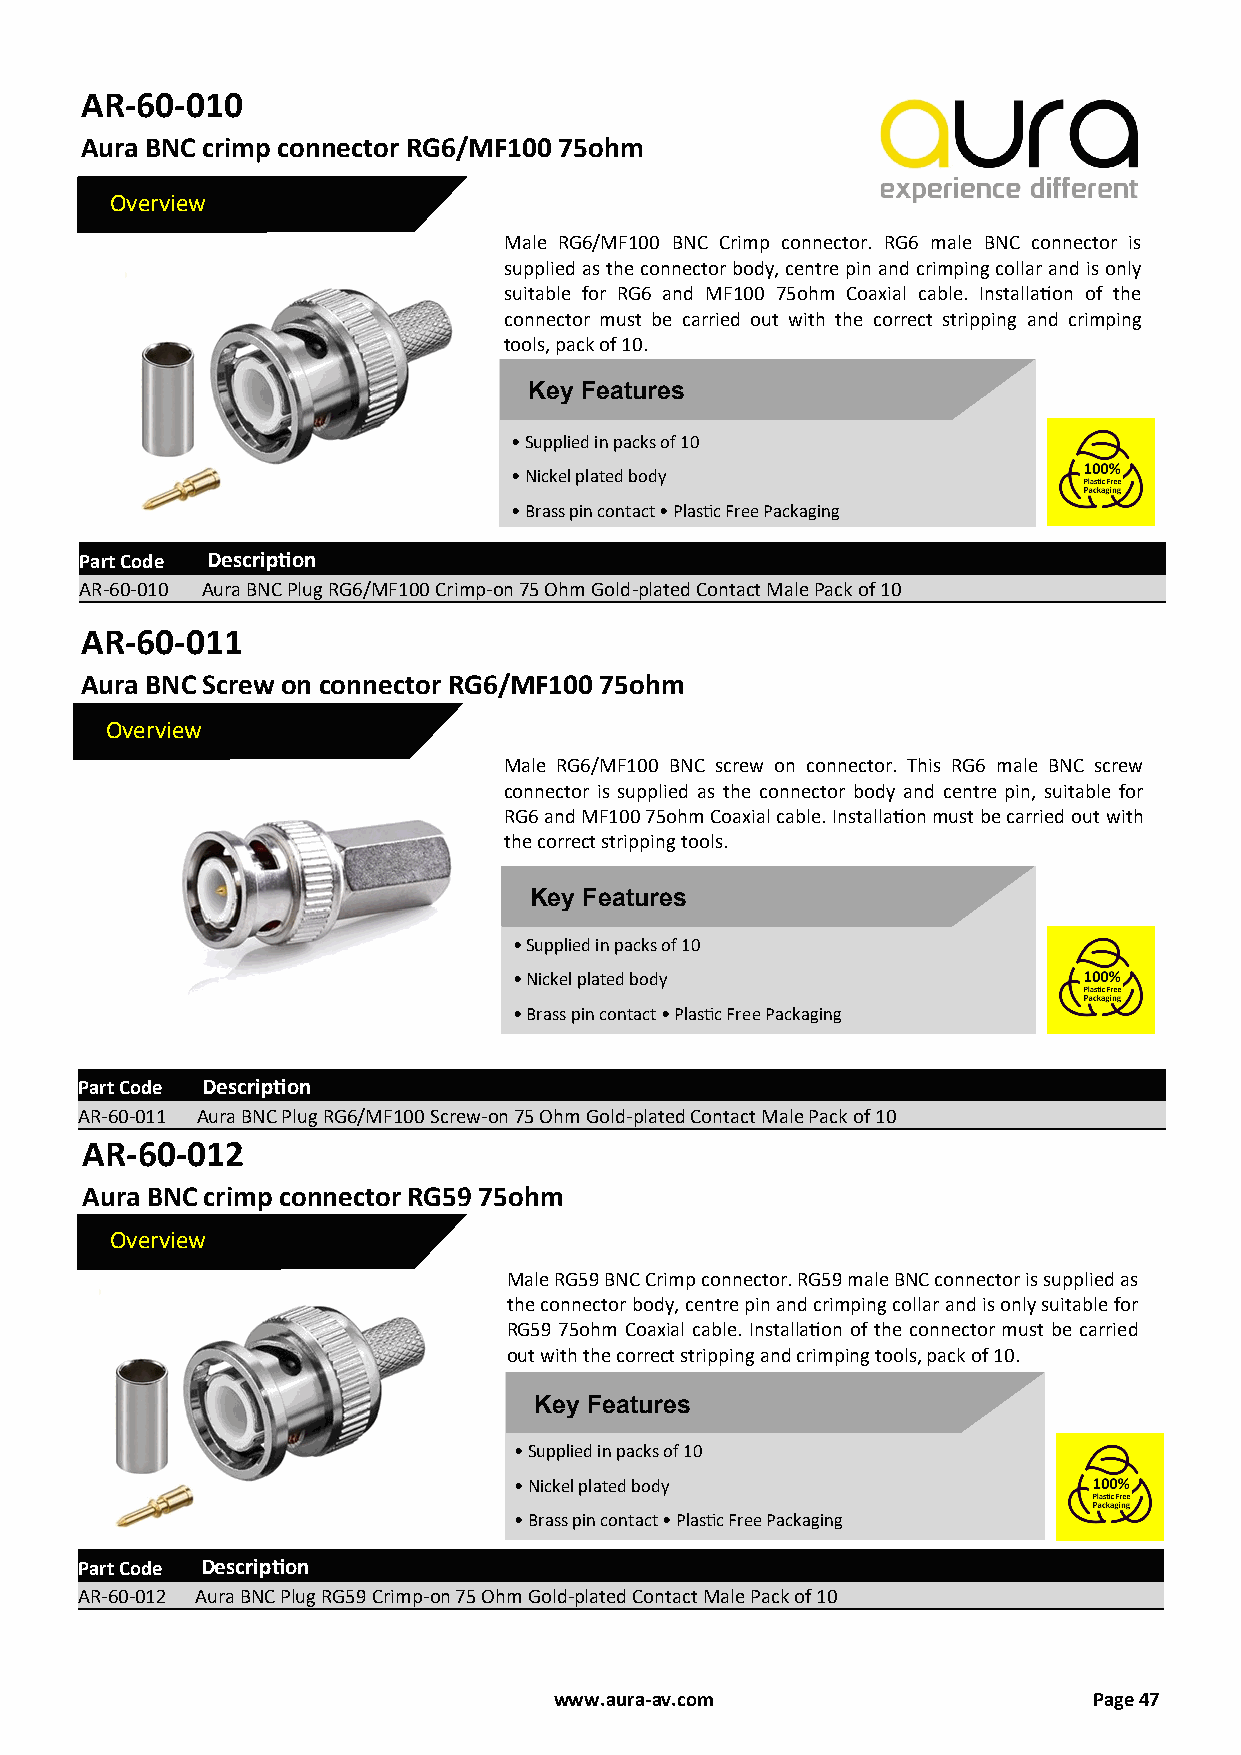
AR-60-010
 Aura BNC crimp connector RG6/MF100 75ohm
 Overview
 Male RG6/MF100 BNC Crimp connector. RG6 male BNC connector is
 supplied as the connector body, centre pin and crimping collar and is only
 suitable for RG6 and MF100 75ohm Coaxial cable. Installation of the
 connector must be carried out with the correct stripping and crimping
 tools, pack of 10.
 Key Features
 • Supplied in packs of 10
 • Nickel plated body
 • Brass pin contact • Plastic Free Packaging
 Part Code Description
 AR-60-010 Aura BNC Plug RG6/MF100 Crimp-on 75 Ohm Gold-plated Contact Male Pack of 10
 AR-60-011
 Aura BNC Screw on connector RG6/MF100 75ohm
 Overview
 Male RG6/MF100 BNC screw on connector. This RG6 male BNC screw
 connector is supplied as the connector body and centre pin, suitable for
 RG6 and MF100 75ohm Coaxial cable. Installation must be carried out with
 the correct stripping tools.
 Key Features
 • Supplied in packs of 10
 • Nickel plated body
 • Brass pin contact • Plastic Free Packaging
 Part Code Description
 AR-60-011 Aura BNC Plug RG6/MF100 Screw-on 75 Ohm Gold-plated Contact Male Pack of 10
 AR-60-012
 Aura BNC crimp connector RG59 75ohm
 Overview
 Male RG59 BNC Crimp connector. RG59 male BNC connector is supplied as
 the connector body, centre pin and crimping collar and is only suitable for
 RG59 75ohm Coaxial cable. Installation of the connector must be carried
 out with the correct stripping and crimping tools, pack of 10.
 Key Features
 • Supplied in packs of 10
 • Nickel plated body
 • Brass pin contact • Plastic Free Packaging
 Part Code Description
 AR-60-012 Aura BNC Plug RG59 Crimp-on 75 Ohm Gold-plated Contact Male Pack of 10
 www.aura-av.com                    Page 47